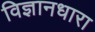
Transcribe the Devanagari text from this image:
विज्ञानधारा